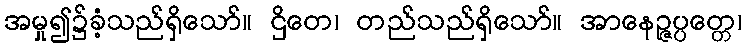
အမှု၍၌ခံ့သည်ရှိသော်။ ဌိတေ၊ တည်သည်ရှိသော်။ အာနေဉ္ဇပ္ပတ္တေ၊